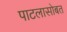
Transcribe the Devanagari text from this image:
पाटलासोबत